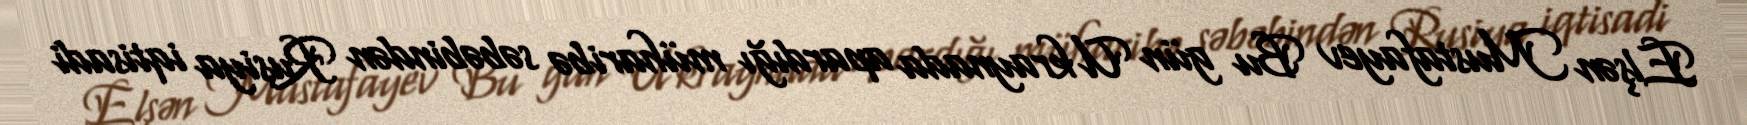
Elşən Mustafayev Bu gün Ukraynada apardığı müharibə səbəbindən Rusiya iqtisadi